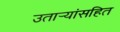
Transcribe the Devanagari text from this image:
उतार्‍यांसहित